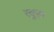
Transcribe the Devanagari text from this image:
खूस